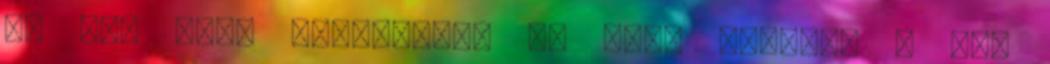
40 ml. Hogy lehetséges e, hogy javítsa a arc